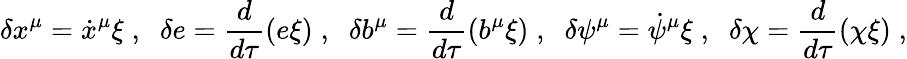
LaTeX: \delta x^{\mu}={\dot{x}}^{\mu}\xi\; ,\; \; \delta e=\frac{d}{d\tau}\left(e\xi\right)\; ,\; \; \delta b^{\mu}=\frac{d}{d\tau}\left(b^{\mu}\xi\right)\; ,\; \; \delta\psi^{\mu}=\dot{\psi}^{\mu}\xi\; ,\; \; \delta\chi=\frac{d}{d\tau}\left(\chi\xi\right)\; ,